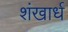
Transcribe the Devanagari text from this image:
शंखार्ध